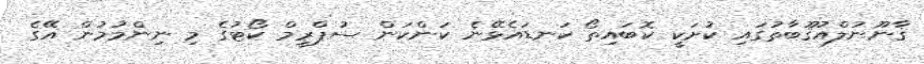
ޤާނޫނުލްއުޤޫބާތުގައި ކުށަކީ ކޮބައިތޯ ކަނޑައެޅޭނެ ކަންކަން ސުޕްރީމް ކޯޓުގެ މި ނިންމުމުން އޭގެ